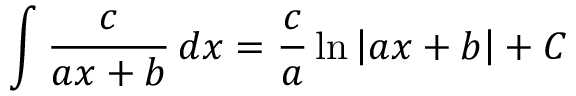
\int { \frac { c } { a x + b } } \, d x = { \frac { c } { a } } \ln \left| a x + b \right| + C